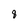
Character: 8